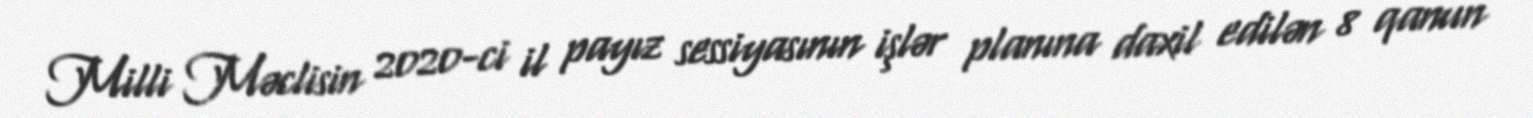
Milli Məclisin 2020-ci il payız sessiyasının işlər planına daxil edilən 8 qanun